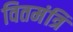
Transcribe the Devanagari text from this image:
वितमंत्रि